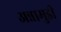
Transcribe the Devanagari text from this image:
अन्नामुडी